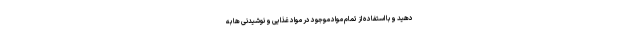
دهید و با استفاده از تمام مواد موجود در مواد غذایی و نوشیدنی ها به